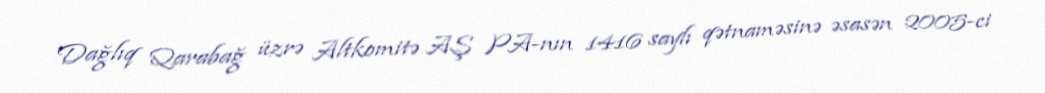
Dağlıq Qarabağ üzrə Altkomitə AŞ PA-nın 1416 saylı qətnaməsinə əsasən 2005-ci